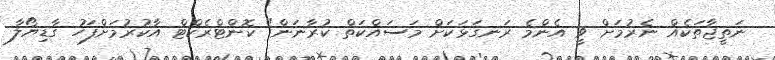
ނަތީޖާތަކެއް ނެރުމަށް ވީ އެންމެ ރަނގަޅަކަށް މަސައްކަތް ކުރާނަން" ކޮންޓްރެކްޓް އާކުރުމަށްފަހު ގާޑިޔޯލާ